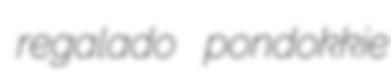
regalado pondokkie